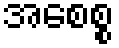
အစေစ္စ